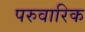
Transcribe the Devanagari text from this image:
परुवारिक